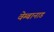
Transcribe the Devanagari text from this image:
वेम्बानाड